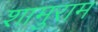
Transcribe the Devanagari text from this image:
शामुराम